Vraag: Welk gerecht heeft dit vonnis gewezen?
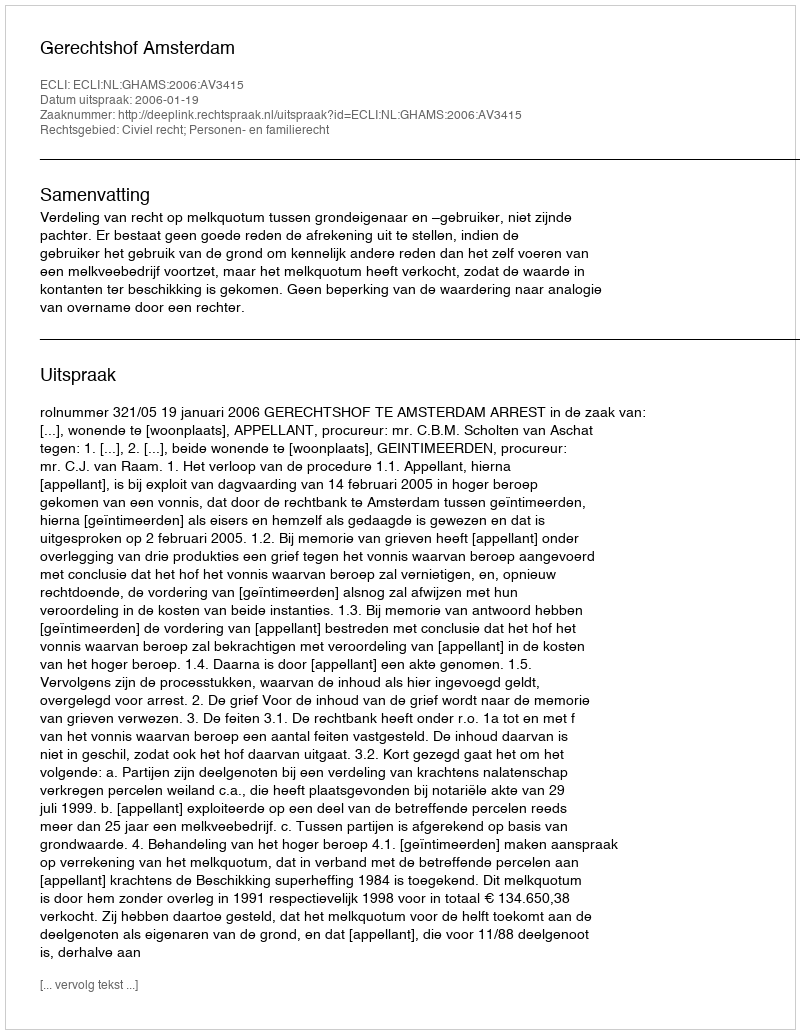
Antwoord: Gerechtshof Amsterdam